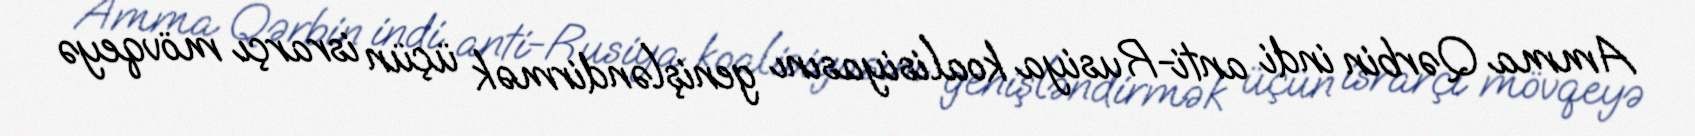
Amma Qərbin indi anti-Rusiya koalisiyasını genişləndirmək üçün israrçı mövqeyə